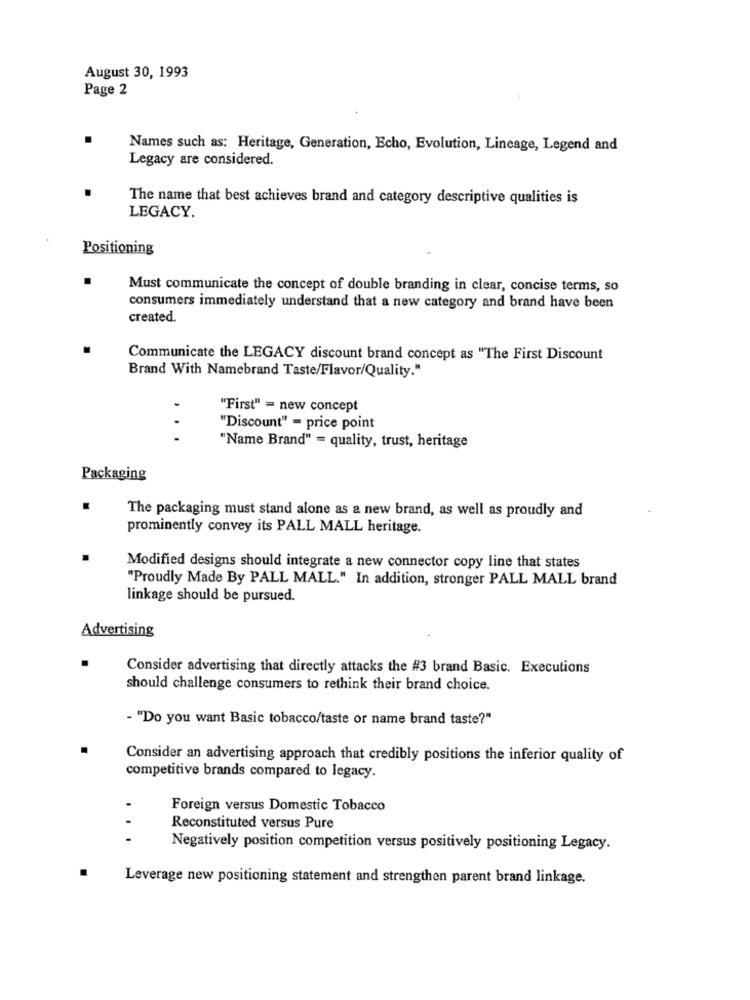
August 30, 1993
Page 2
Names such as: Heritage, Generation, Echo, Evolution, Lineage, Legend and
Legacy are considered.
The name that best achieves brand and category descriptive qualities is
LEGACY.
Positioning
Must communicate the concept of double branding in clear, concise terms, so
consumers immediately understand that a new category and brand have been
created.
Communicate the LEGACY discount brand concept as "The First Discount
Brand With Namebrand Taste/Flavor/Quality."
"First" = new concept
"Discount" = price point
...
"Name Brand" = quality, trust, heritage
Packaging
.
The packaging must stand alone as a new brand, as well as proudly and
prominently convey its PALL MALL heritage.
Modified designs should integrate a new connector copy line that states
"Proudly Made By PALL MALL." In addition, stronger PALL MALL brand
linkage should be pursued.
Advertising
Consider advertising that directly attacks the #3 brand Basic. Executions
should challenge consumers to rethink their brand choice.
- "Do you want Basic tobacco/taste or name brand taste?"
Consider an advertising approach that credibly positions the inferior quality of
competitive brands compared to legacy.
Foreign versus Domestic Tobacco
Reconstituted versus Pure
...
Negatively position competition versus positively positioning Legacy.
Leverage new positioning statement and strengthen parent brand linkage.